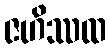
ဇဟိဿထ